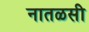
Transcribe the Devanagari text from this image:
नातळसी